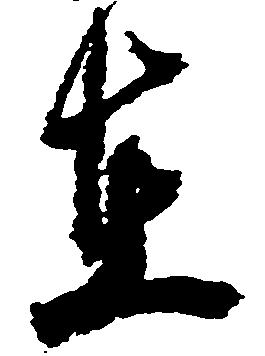
在